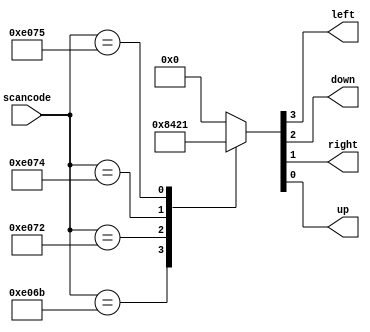
// synthesis verilog_input_version verilog_2001
module top_module (
    input [15:0] scancode,
    output left,
    output down,
    output right,
    output up  ); 
    
    reg [3:0] sign;
    always@(*) begin
        case(scancode)
            16'he06b: sign = 4'b1000;
            16'he072: sign = 4'b0100;
            16'he074: sign = 4'b0010;
            16'he075: sign = 4'b0001;
            default: sign = 4'b0000;
        endcase
    end
    
    assign left = sign[3];
    assign down = sign[2];
    assign right = sign[1];
    assign up = sign[0];

endmodule